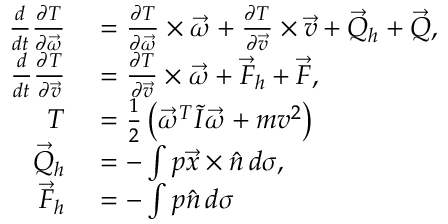
\begin{array} { r l } { { \frac { d } { d t } } { \frac { \partial T } { \partial { \vec { \omega } } } } } & { { } = { \frac { \partial T } { \partial { \vec { \omega } } } } \times { \vec { \omega } } + { \frac { \partial T } { \partial { \vec { v } } } } \times { \vec { v } } + { \vec { Q } } _ { h } + { \vec { Q } } , } \\ { { \frac { d } { d t } } { \frac { \partial T } { \partial { \vec { v } } } } } & { { } = { \frac { \partial T } { \partial { \vec { v } } } } \times { \vec { \omega } } + { \vec { F } } _ { h } + { \vec { F } } , } \\ { T } & { { } = { \frac { 1 } { 2 } } \left( { \vec { \omega } } ^ { T } { \tilde { I } } { \vec { \omega } } + m v ^ { 2 } \right) } \\ { { \vec { Q } } _ { h } } & { { } = - \int p { \vec { x } } \times { \hat { n } } \, d \sigma , } \\ { { \vec { F } } _ { h } } & { { } = - \int p { \hat { n } } \, d \sigma } \end{array}